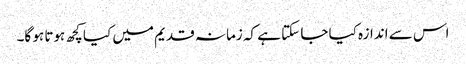
اس سے اندازہ کیا جا سکتا ہے کہ زمانہ قدیم میں کیا کچھ ہوتا ہو گا۔